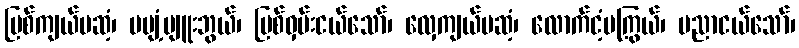
မြစ်ကျယ်မဆံ့၊ မပျံ့ပျူးဘွယ်၊ မြစ်ဝှမ်းငယ်သော်၊ လှေကျယ်မဆံ့၊ လောက်ငံ့မကြွယ်၊ ပညာငယ်သော်၊